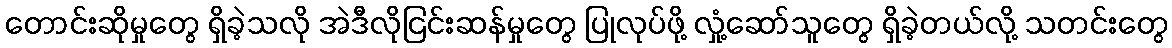
တောင်းဆိုမှုတွေ ရှိခဲ့သလို အဲဒီလိုငြင်းဆန်မှုတွေ ပြုလုပ်ဖို့ လှုံ့ဆော်သူတွေ ရှိခဲ့တယ်လို့ သတင်းတွေ